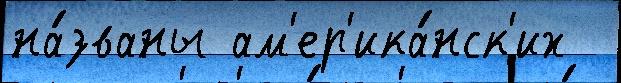
на́званы ам'ер'ика́нск'их